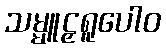
သမ္မူဠှရူပေါဝ